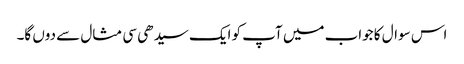
اس سوال کا جواب میں آپ کو ایک سیدھی سی مثال سے دوں گا۔